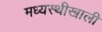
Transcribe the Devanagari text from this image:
मध्यस्थीखाली